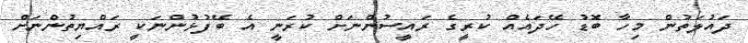
ދައުލަތުން މިހާ ބޮޑު ހޭދައެއް ކުރީގެ ރައީސުންނަށް ކުރަނީ އެ ބޭފުޅުންނަކީ ރައްޔިތުންނަށް